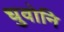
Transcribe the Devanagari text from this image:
धुवोनि